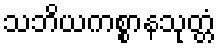
သဘိယကစ္စာနသုတ္တံ